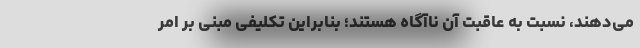
می‌دهند، نسبت به عاقبت آن ناآگاه هستند؛ بنابراین تکلیفی مبنی بر امر